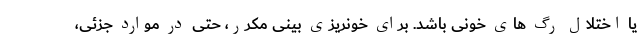
یا اختلال رگ های خونی باشد. برای خونریزی بینی مکرر، حتی در موارد جزئی،